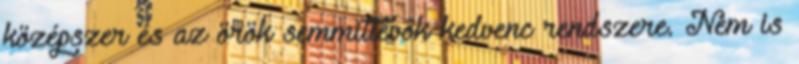
középszer és az örök semmittevők kedvenc rendszere. Nem is